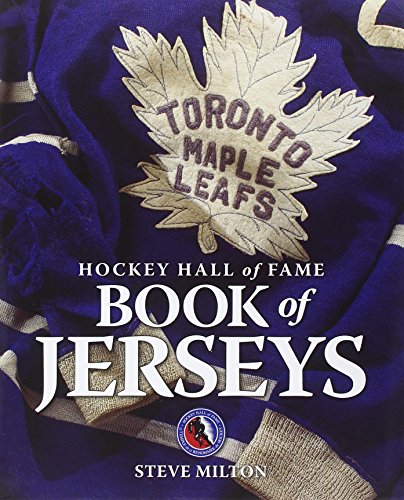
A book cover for Hockey Hall of Fame Book of Jerseys; Steve Milton; Biographies & Memoirs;